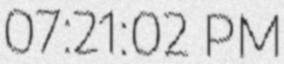
07:21:02 PM